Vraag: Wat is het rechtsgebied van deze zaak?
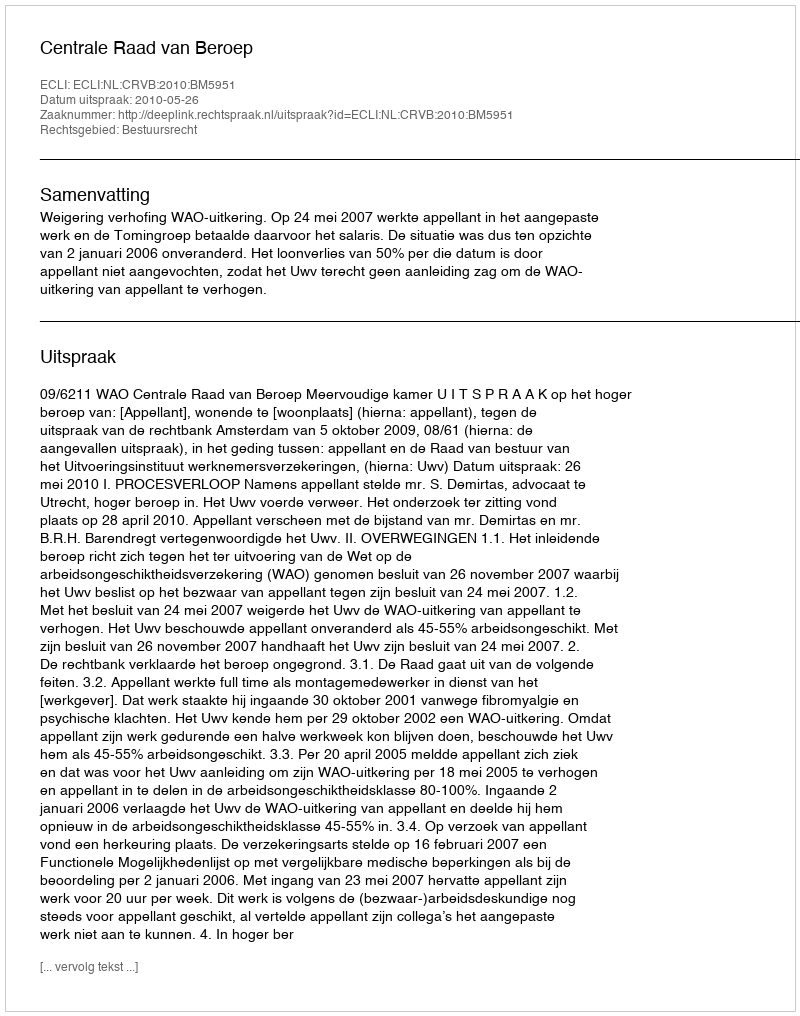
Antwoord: Bestuursrecht